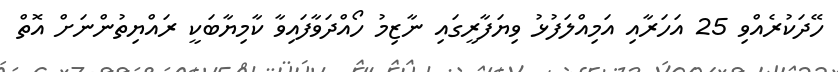
ހޭދަކުރެއްވި 25 އަހަރާއި އަމިއްލަފުޅު ވިޔަފާރީގައި ނާޒިމު ހޯއްދަވާފައިވާ ކާމިޔާބަކީ ރައްޔިތުންނަށް އޮތް